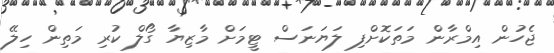
ޖެހުން އިމްރާން މަތަކޮށްފި ލަޔަނަސް ޓީމަށް މާޒިޔާ ގޯލް ކުރި މަތިން ހިލޭ